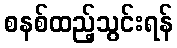
စနစ်ထည့်သွင်းရန်